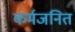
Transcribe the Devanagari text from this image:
कर्मजनित